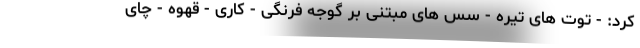
کرد: - توت های تیره - سس های مبتنی بر گوجه فرنگی - کاری - قهوه - چای